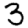
Digit: 3